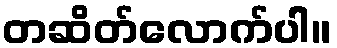
တဆိတ်လောက်ပါ။